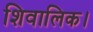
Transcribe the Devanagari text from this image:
शिवालिक।